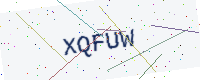
Text: XQFUW